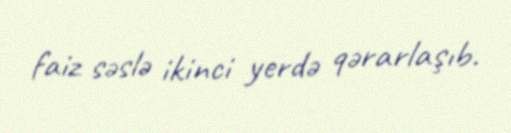
faiz səslə ikinci yerdə qərarlaşıb.